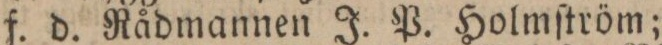
f. d. Rådmannen J. P. Holmſtröm;